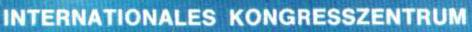
INTERNATIONALES  KONGRESSZENTRUM